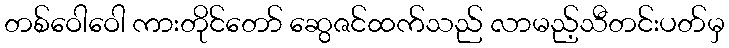
တစ်ဝေါဝေါ ကားတိုင်တော် ဆွေဇင်ထက်သည် လာမည့်သီတင်းပတ်မှ